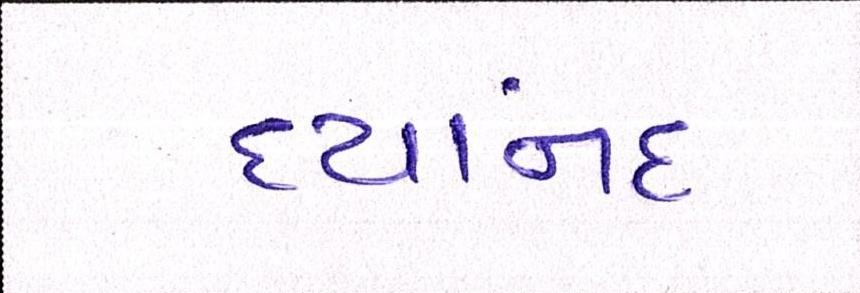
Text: દયાનંદ